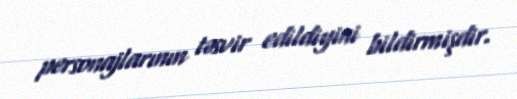
personajlarının təsvir edildiyini bildirmişdir.